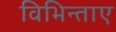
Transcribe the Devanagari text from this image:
विभिन्ताए